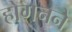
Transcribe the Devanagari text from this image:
होगनने